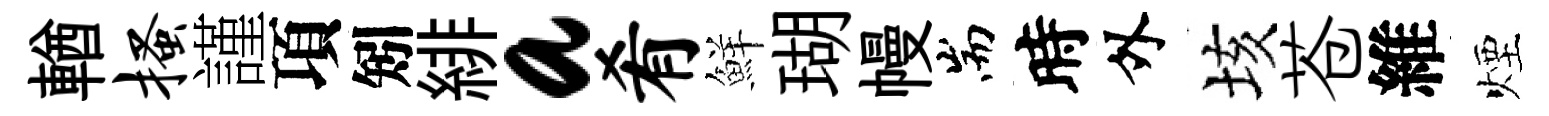
輶搔謹項矧緋a肴鮮瑚幔耑時外垓苍維煙